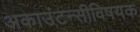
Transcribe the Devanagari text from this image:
अकाउंटन्सीविषयक